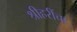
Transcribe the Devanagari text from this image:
श्रीहरींचा